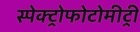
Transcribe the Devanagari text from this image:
स्पेक्ट्रोफोटोमीट्री